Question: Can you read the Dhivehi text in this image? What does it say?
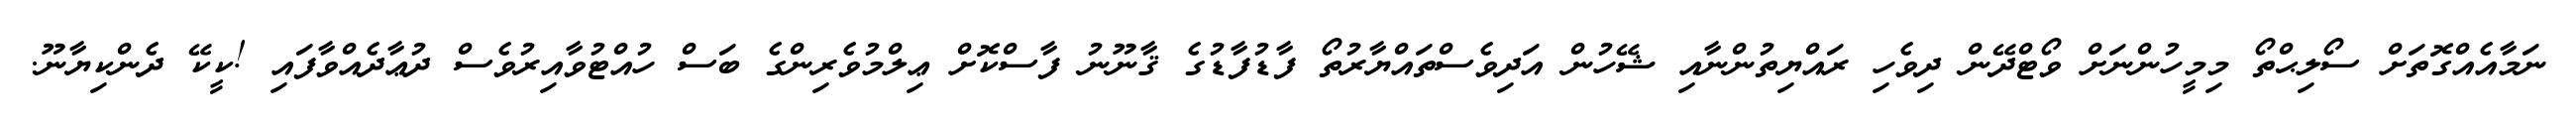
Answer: ނަމާއެއްގޮތަށް ސޯލިޙްތޯ މިމީހުންނަށް ވޯޓްދޭން ދިވެހި ރައްޔިތުންނާއި ޝޭހުން އަދިވެސްތައްޔާރުތޯ ފާޑުފާޑުގެ ޤާނޫނު ފާސްކޮށް ޢިލްމުވެރިންގެ ބަސް ހުއްޓުވާއިރުވެސް ދުޢާދެއްވާފައި !ކީކޭ ދެންކިޔާނޫ.